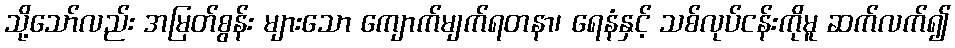
သို့သော်လည်း အမြတ်စွန်း များသော ကျောက်မျက်ရတနာ၊ ရေနံနှင့် သစ်လုပ်ငန်းကိုမူ ဆက်လက်၍